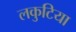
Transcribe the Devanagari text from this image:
लकुटिया